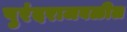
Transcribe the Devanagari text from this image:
पुरंदराजवळील